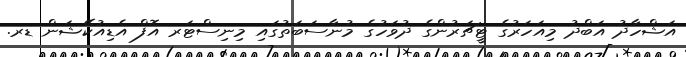
އަޝްހާދު އަބްދު މިއަހަރުގެ ޓީޗަރުންގެ ދުވަހުގެ މުނާސަބަތުގައި މިނިސްޓަރ އޮފް އެޑިއުކޭޝަން ޑރ.